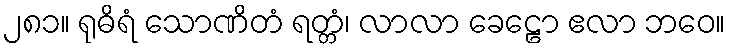
၂၈၁။ ရုဓိရံ သောဏိတံ ရတ္တံ၊ လာလာ ခေဠော ဧလာ ဘဝေ။